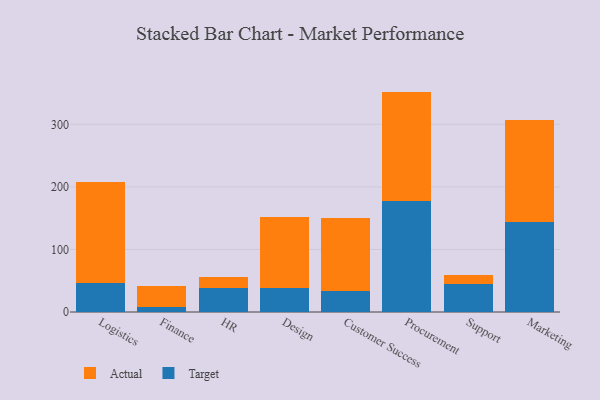
{"axis": {"x": "Department", "y": "Operating Costs (USD K)"}, "legend": ["Actual", "Target"], "data": [{"x": "Logistics", "y": 46.9, "type": "Target"}, {"x": "Logistics", "y": 160.5, "type": "Actual"}, {"x": "Finance", "y": 8.4, "type": "Target"}, {"x": "Finance", "y": 33.9, "type": "Actual"}, {"x": "HR", "y": 38.5, "type": "Target"}, {"x": "HR", "y": 17.1, "type": "Actual"}, {"x": "Design", "y": 37.7, "type": "Target"}, {"x": "Design", "y": 113.8, "type": "Actual"}, {"x": "Customer Success", "y": 33.2, "type": "Target"}, {"x": "Customer Success", "y": 117.7, "type": "Actual"}, {"x": "Procurement", "y": 178.1, "type": "Target"}, {"x": "Procurement", "y": 174.2, "type": "Actual"}, {"x": "Support", "y": 44.9, "type": "Target"}, {"x": "Support", "y": 14.9, "type": "Actual"}, {"x": "Marketing", "y": 144.3, "type": "Target"}, {"x": "Marketing", "y": 162.3, "type": "Actual"}]}